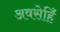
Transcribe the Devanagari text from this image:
अवसेहिँ